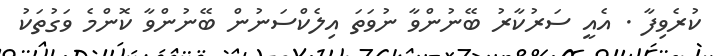
ކުރެވިފާ . އެއީ ސަރުކާރު ބޭނުންވާ ނުވަތަ އިލެކްސަނުން ބޭނުންވާ ކޮންމެ ވަގުތަކު